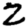
Digit: 2